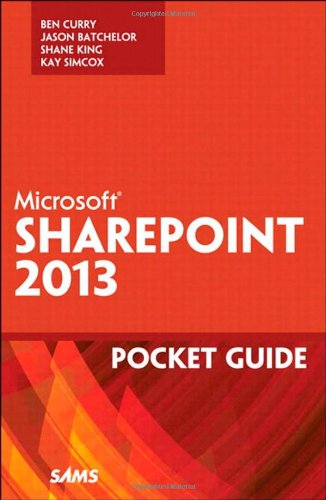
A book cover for Microsoft SharePoint 2013 Pocket Guide (Other Sams); Ben Curry; Computers & Technology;